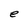
Character: e